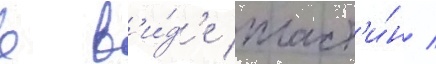
в в'и́д'е пласт'и́н /